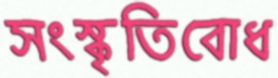
সংস্কৃতিবোধ